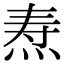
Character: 焘